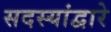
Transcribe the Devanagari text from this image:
सदस्यांद्वारे